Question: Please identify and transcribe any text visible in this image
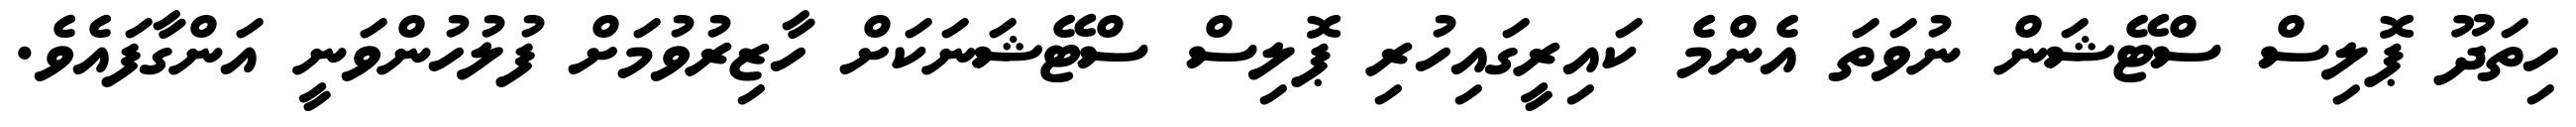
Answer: ހިތަދޫ ޕޮލިސް ސްޓޭޝަން ނުވަތަ އެންމެ ކައިރީގައިހުރި ޕޮލިސް ސްޓޭޝަނަކަށް ހާޒިރުވުމަށް ފުލުހުންވަނީ އަންގާފައެވެ.